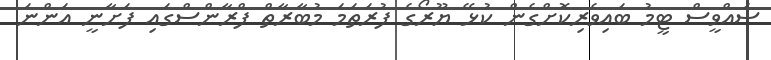
ސައްވީސް ޓީމު ބައިވެރިކޮށްގެން ކުޅޭ ޔޫރޯގެ ފުރަތަމަ މުބާރާތް ފްރާންސްގައި ފަށާނީ އަަންނަ